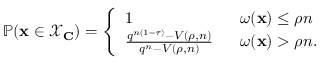
\begin{array} { r } { \mathbb { P } ( \mathbf { x } \in \mathcal { X } _ { \mathbf { C } } ) = \left\{ \begin{array} { l l } { 1 \: \: \: } & { \omega ( \mathbf { x } ) \leq \rho n } \\ { \frac { q ^ { n ( 1 - \tau ) } - V ( \rho , n ) } { q ^ { n } - V ( \rho , n ) } \: \: \: } & { \omega ( \mathbf { x } ) > \rho n . } \end{array} \right. } \end{array}